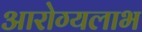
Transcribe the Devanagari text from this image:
आरोग्यलाभ